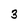
Character: 3